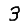
Digit: 3